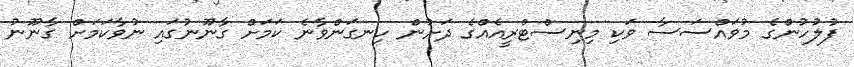
ފުލުހުންގެ މުވައްސަސާ ވަކި މިނިސްޓްރީއެއްގެ ދަށުން ހިނގަންވާނެ ކަމަށް ގާނޫނުގައި ނުވާކަމަށް ގާނޫނު